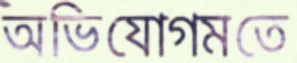
অভিযোগমতে